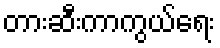
တားဆီးကာကွယ်ရေး